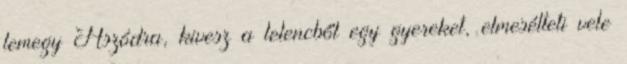
lemegy Aszódra, kivesz a lelencből egy gyereket, elmesélteti vele